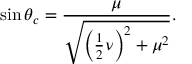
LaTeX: \sin { \theta _ { c } } = \frac { \mu } { \sqrt { \left( \frac { 1 } { 2 } \nu \right) ^ { 2 } + \mu ^ { 2 } } } .